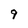
Character: 9